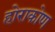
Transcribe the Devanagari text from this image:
होराकोण